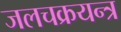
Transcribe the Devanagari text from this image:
जलचक्रयन्त्र